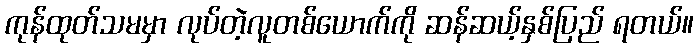
ကုန်ထုတ်သမမှာ လုပ်တဲ့လူတစ်ယောက်ကို ဆန်ဆယ့်နှစ်ပြည် ရတယ်။